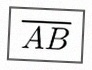
\overline{AB}